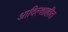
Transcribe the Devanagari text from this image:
आदिल्शाहीत